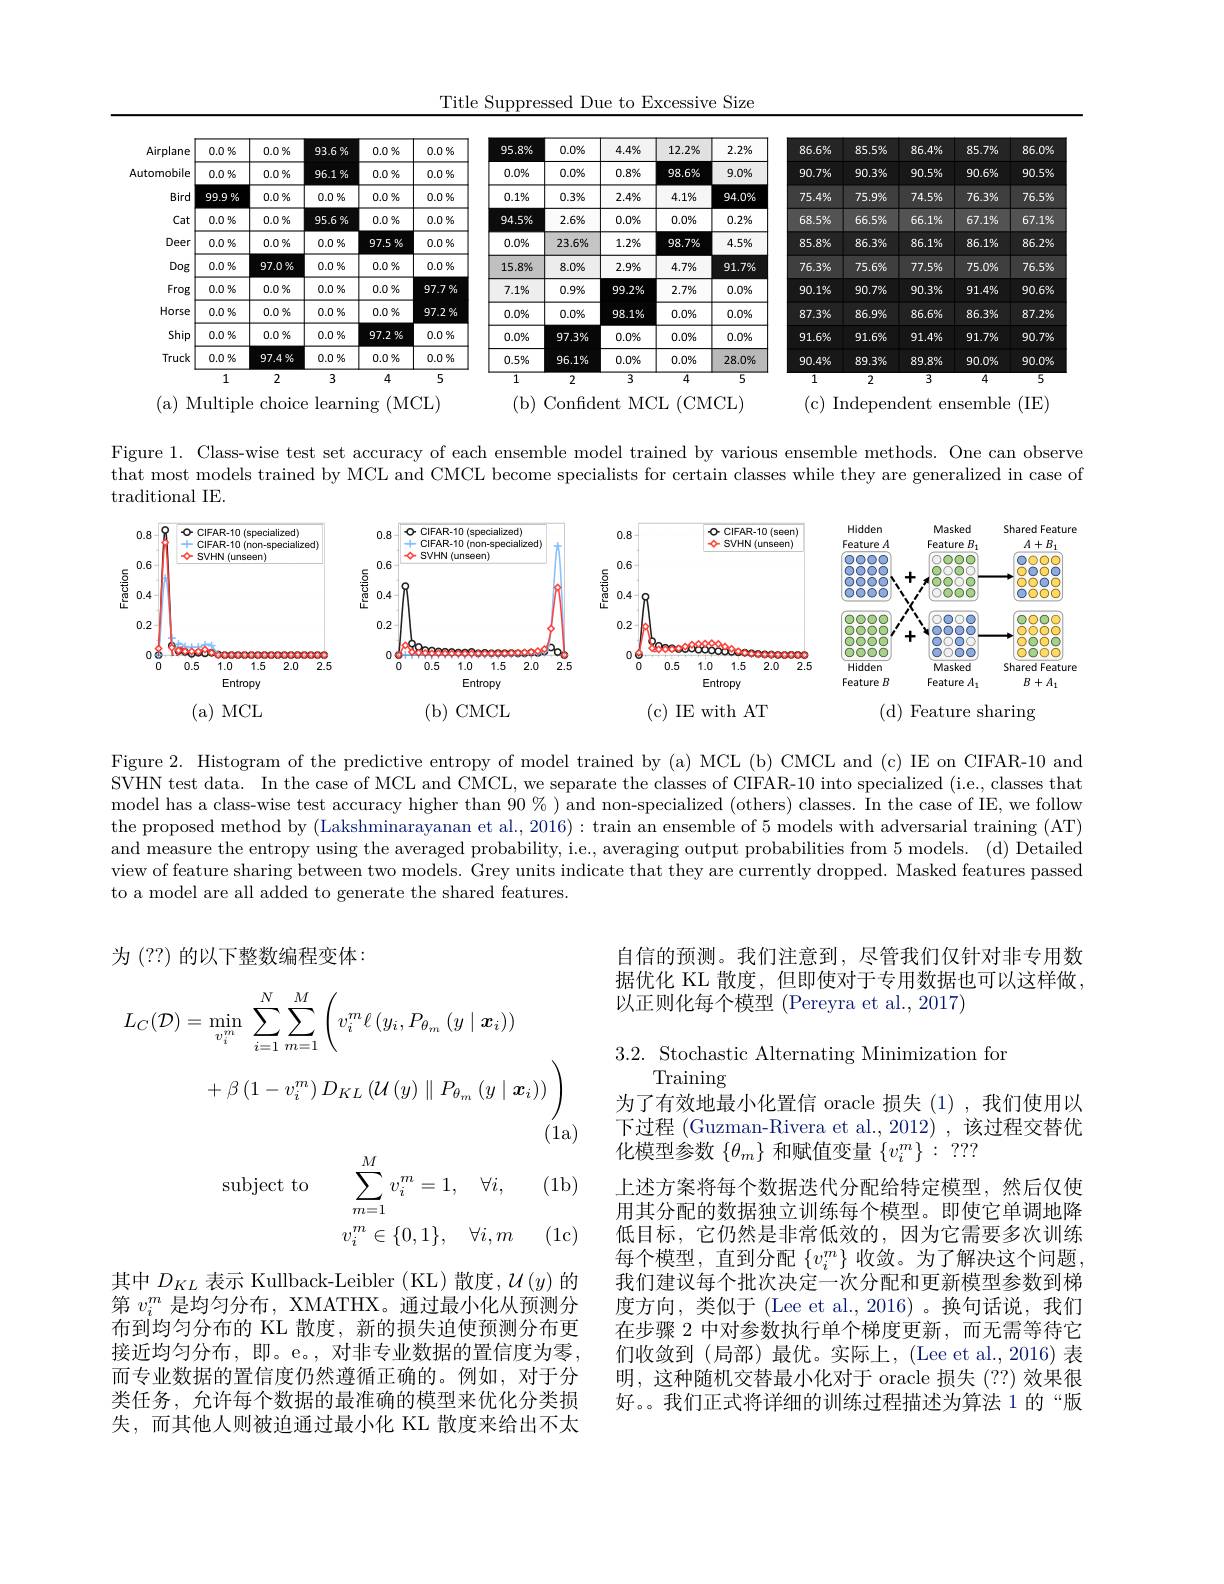
Title Suppressed Due to Excessive Size

<table>
	<tbody>
		<tr>
			<th>Airplane</th>
			<th>$0.0\%$</th>
			<th>$0.0\%$</th>
			<th>93.6%</th>
			<th>$0.0\%$</th>
			<th>$0.0\%$</th>
			<th>95.8%</th>
			<th>$0.0\%$</th>
			<th>$4.4\%$</th>
			<th>$12.2\%$</th>
			<th>$2.2\%$</th>
			<th>86.6%</th>
			<th>85.5%</th>
			<th>86.4%</th>
			<th>$85.7\%$</th>
			<th>86.096</th>
		</tr>
		<tr>
			<td>tomobile</td>
			<td>$0.0\%$</td>
			<td>$0.0\%$</td>
			<td>96.1%</td>
			<td>$0.0\%$</td>
			<td>$0.0\%$</td>
			<td>$0.0\%$</td>
			<td>$0.0\%$</td>
			<td>$0.8\%$</td>
			<td>$98.6\%$</td>
			<td>$9.0\%$</td>
			<td>90.7%</td>
			<td>90.3%</td>
			<td>90.5%</td>
			<td>90.6%</td>
			<td>90.5%</td>
		</tr>
		<tr>
			<td>Bird</td>
			<td>99.9%</td>
			<td>$0.0\%$</td>
			<td>$0.0\%$</td>
			<td>$0.0\%$</td>
			<td>$0.0\%$</td>
			<td>$0.1\%$</td>
			<td>$0.3\%$</td>
			<td>$2.4\%$</td>
			<td>$4.1\%$</td>
			<td>94.0%</td>
			<td>75.4%</td>
			<td>75.9%</td>
			<td>74.5%</td>
			<td>76.3%</td>
			<td>76.5%</td>
		</tr>
		<tr>
			<td>Cat</td>
			<td>$0.0\%$</td>
			<td>$0.0\%$</td>
			<td>95.6%</td>
			<td>$0.0\%$</td>
			<td>$0.0\%$</td>
			<td>$94.5\%$</td>
			<td>$2.6\%$</td>
			<td>$0.0\%$</td>
			<td>$0.0\%$</td>
			<td>$0.2\%$</td>
			<td>68.5%</td>
			<td>66.5%</td>
			<td>66.1%</td>
			<td>67.1%</td>
			<td>67.1%</td>
		</tr>
		<tr>
			<td>Deer</td>
			<td>$0.0\%$</td>
			<td>$0.0\%$</td>
			<td>$0.0\%$</td>
			<td>97.5%</td>
			<td>$0.0\%$</td>
			<td>$0.0\%$</td>
			<td>$23.6\%$</td>
			<td>$1.2\%$</td>
			<td>$98.7\%$</td>
			<td>$4.5\%$</td>
			<td>85.8%</td>
			<td>86.396</td>
			<td>86.1%</td>
			<td>$86.1\%$</td>
			<td>86.296</td>
		</tr>
		<tr>
			<td>Dog</td>
			<td>$0.0\%$</td>
			<td>97.0%</td>
			<td>$0.0\%$</td>
			<td>$0.0\%$</td>
			<td>$0.0\%$</td>
			<td>$15.8\%$</td>
			<td>$8.0\%$</td>
			<td>$2.9\%$</td>
			<td>$4.7\%$</td>
			<td>$91.7\%$</td>
			<td>76.3%</td>
			<td>75.6%</td>
			<td>77.5%</td>
			<td>75.0%</td>
			<td>76.5%</td>
		</tr>
		<tr>
			<td>Frog</td>
			<td>$0.0\%$</td>
			<td>$0.0\%$</td>
			<td>$0.0\%$</td>
			<td>$0.0\%$</td>
			<td>97.7%</td>
			<td>$7.1\%$</td>
			<td>$0.9\%$</td>
			<td>$99.2\%$</td>
			<td>$2.7\%$</td>
			<td>$0.0\%$</td>
			<td>90.1%</td>
			<td>90.796</td>
			<td>$90.3\%$</td>
			<td>91.496</td>
			<td>$90.6\%$</td>
		</tr>
		<tr>
			<td>Horse</td>
			<td>$0.0\%$</td>
			<td>$0.0\%$</td>
			<td>$0.0\%$</td>
			<td>$0.0\%$</td>
			<td>97.2%</td>
			<td>$0.0\%$</td>
			<td>$0.0\%$</td>
			<td>$98.1\%$</td>
			<td>$0.0\%$</td>
			<td>$0.0\%$</td>
			<td>87.3%</td>
			<td>$86.9\%$</td>
			<td>86.6%</td>
			<td>86.396</td>
			<td>87.2%</td>
		</tr>
		<tr>
			<td>Ship</td>
			<td>$0.0\%$</td>
			<td>$0.0\%$</td>
			<td>$0.0\%$</td>
			<td>97.2%</td>
			<td>$0.0\%$</td>
			<td>$0.0\%$</td>
			<td>97.3%</td>
			<td>$0.0\%$</td>
			<td>$0.0\%$</td>
			<td>$0.0\%$</td>
			<td>91.6%</td>
			<td>$91.6\%$</td>
			<td>91.496</td>
			<td>91.796</td>
			<td>90.796</td>
		</tr>
		<tr>
			<td rowspan="2">Truck</td>
			<td>$0.0\%$</td>
			<td>97.4%</td>
			<td>$0.0\%$</td>
			<td>$0.0\%$</td>
			<td>$0.0\%$</td>
			<td>$0.5\%$</td>
			<td>96.1%</td>
			<td>$0.0\%$</td>
			<td>$0.0\%$</td>
			<td>$28.0\%$</td>
			<td>90.496</td>
			<td>89.3%</td>
			<td>89.8%</td>
			<td>$90.0\%$</td>
			<td>90.0%</td>
		</tr>
		<tr>
			<td>1</td>
			<td>2</td>
			<td>3</td>
			<td>4</td>
			<td>5</td>
			<td>$\overline{1}$</td>
			<td>2</td>
			<td>$\overline{3}$</td>
			<td>$\overline{4}$</td>
			<td>5</td>
			<td>$\overline{1}$</td>
			<td>2</td>
			<td>$\overline{3}$</td>
			<td>$\overline{4}$</td>
			<td>5</td>
		</tr>
	</tbody>
</table>

( b) Confident MCL ( CMCL)
( c) Independent ensemble ( IE)
( a) Multiple choice learning ( MCL)

Figure 1. Class-wise test set accuracy of each ensemble model trained by various ensemble methods. One can observer that most models trained by MCL and CMCL become specialists for certain classes while they are generalized in case of traditional IE.

<FigureHere>

Figure 2. Histogram of the predictive entropy of model trained by (a) MCL (b) CMCL and (c) IE on CIFAR-10 and SVHN test data. In the case of MCL and CMCL, we separate the classes of CIFAR-10 into specialized (i.e., classes that model has a class-wise test accuracy higher than $90\%)$ and non-specialized (others) classes. In the case of IE, we follow the proposed method by (Lakshminarayanan et al., 2016): train an ensemble of 5 models with adversarial training (AT) and measure the entropy using the averaged probability, i.e., averaging output probabilities from 5 models. (d) Detailed view of feature sharing between two models. Grey units indicate that they are currently dropped. Masked features passed to a model are all added to generate the shared features.

为 (??) 的以下整数编程变体：

自信的预测。我们注意到，尽管我们仅针对非专用数据优化 KL 散度，但即使对于专用数据也可以这样做， 以正则化每个模型 (Pereyra et al., 2017)
$$\begin{aligned}L_{C}(\mathcal{D})&=\operatorname*{min}_{v_{i}^{m}}\:\sum_{i=1}^{N}\sum_{m=1}^{M}\left(v_{i}^{m}\ell\left(y_{i},P_{\theta_{m}}\left(y\mid\boldsymbol{x}_{i}\right)\right)\\&+\beta\left(1-v_{i}^{m}\right)D_{KL}\left(\mathcal{U}\left(y\right)\parallel P_{\theta_{m}}\left(y\mid\boldsymbol{x}_{i}\right)\right)\right)\end{aligned}$$
3.2. Stochastic Alternating Minimization for
Training

(1a) (1b)
$$\begin{aligned}\text{subject to}\quad&\sum_{m=1}^Mv_i^m=1,\quad\forall i,\\&v_i^m\in\{0,1\},\quad\forall i,m\end{aligned}$$
(1c)

为了有效地最小化置信 oracle 损失(1),我们使用以下过程 (Guzman-Rivera et al.,2012) ,该过程交替优化模型参数$\{\theta_m\}$和赋值变量$\{v_i^m\}:???$
上述方案将每个数据迭代分配给特定模型，然后仅使用其分配的数据独立训练每个模型。即使它单调地降低目标，它仍然是非常低效的，因为它需要多次训练每个模型，直到分配$\{v_i^m\}$收敛。为了解决这个问题， 我们建议每个批次决定一次分配和更新模型参数到梯度方向，类似于 (Lee et al.,2016)。换句话说，我们在步骤 2 中对参数执行单个梯度更新，而无需等待它们收敛到(局部)最优。实际上，(Lee et al.,2016)表明，这种随机交替最小化对于 oracle 损失(??) 效果很好。。我们正式将详细的训练过程描述为算法 1 的“版

其中$D_{KL}$表示 Kullback-Leibler (KL)散度，$\mathcal{U}(y)$的第$v_i^m$是均匀分布，XMATHX。通过最小化从预测分布到均匀分布的 KL 散度，新的损失迫使预测分布更接近均匀分布，即。e。,对非专业数据的置信度为零， 而专业数据的置信度仍然遵循正确的。例如，对于分类任务，允许每个数据的最准确的模型来优化分类损失，而其他人则被迫通过最小化 KL 散度来给出不太